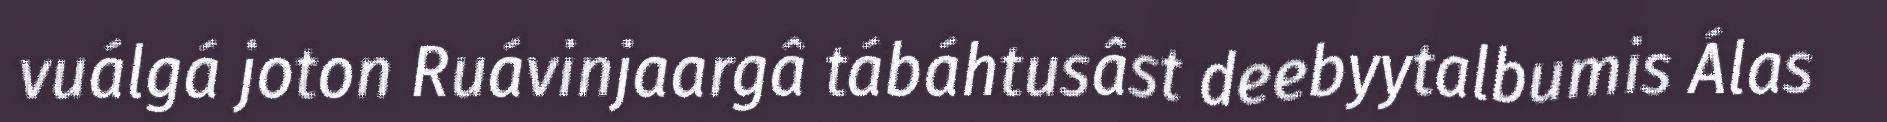
vuálgá joton Ruávinjaargâ tábáhtusâst deebyytalbumis Álas